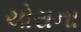
ચોરાના